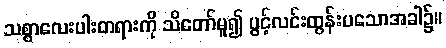
သစ္စာလေးပါးတရားကို သိတော်မူ၍ ပွင့်လင်းထွန်းပသောအခါ၌။